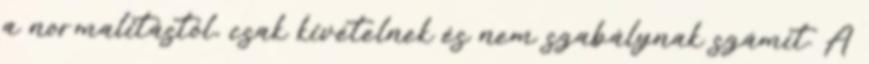
a normalitástól, csak kivételnek és nem szabálynak számít. A